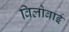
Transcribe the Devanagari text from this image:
विलोबाई